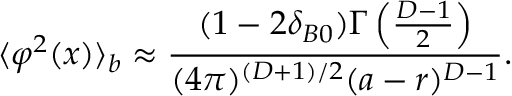
\langle \varphi ^ { 2 } ( x ) \rangle _ { b } \approx \frac { ( 1 - 2 \delta _ { B 0 } ) \Gamma \left( \frac { D - 1 } { 2 } \right) } { ( 4 \pi ) ^ { ( D + 1 ) / 2 } ( a - r ) ^ { D - 1 } } .